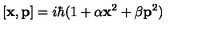
[ { \bf { x } } , { \bf { p } } ] = i \hbar ( 1 + \alpha { \bf { x } } ^ { 2 } + \beta { \bf { p } } ^ { 2 } )